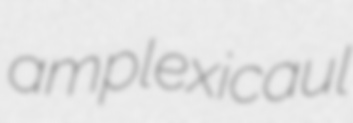
amplexicaul